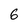
Character: 6